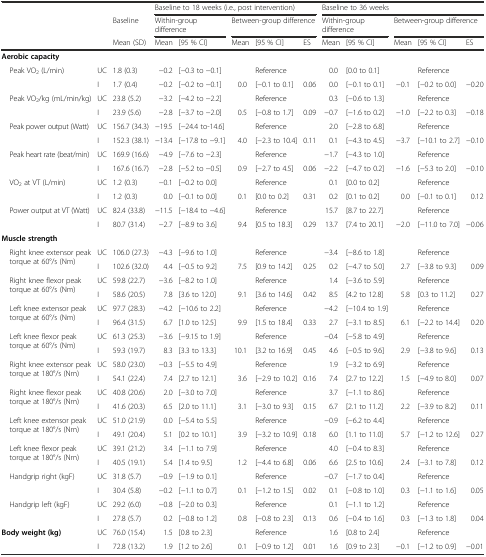
<table><thead><tr><td></td><td></td><td></td><td colspan="5"><b>Baseline to 18 weeks (i.e., post intervention)</b></td><td colspan="5"><b>Baseline to 36 weeks</b></td></tr><tr><td></td><td></td><td><b>Baseline</b></td><td colspan="2"><b>Within-group difference</b></td><td colspan="3"><b>Between-group difference</b></td><td colspan="2"><b>Within-group difference</b></td><td colspan="3"><b>Between-group difference</b></td></tr><tr><td></td><td></td><td><b>Mean (SD)</b></td><td><b>Mean</b></td><td><b>[95 % CI]</b></td><td><b>Mean</b></td><td><b>[95 % CI]</b></td><td><b>ES</b></td><td><b>Mean</b></td><td><b>[95 % CI]</b></td><td><b>Mean</b></td><td><b>[95 % CI]</b></td><td><b>ES</b></td></tr></thead><tbody><tr><td><b>Aerobic capacity</b></td><td></td><td></td><td></td><td></td><td></td><td></td><td></td><td></td><td></td><td></td><td></td><td></td></tr><tr><td> Peak VO<sub>2</sub> (L/min)</td><td>UC</td><td>1.8 (0.3)</td><td>−0.2</td><td>[−0.3 to −0.1]</td><td></td><td>Reference</td><td></td><td>0.0</td><td>[0.0 to 0.1]</td><td></td><td>Reference</td><td></td></tr><tr><td></td><td>I</td><td>1.7 (0.4)</td><td>−0.2</td><td>[−0.2 to −0.1]</td><td>0.0</td><td>[−0.1 to 0.1]</td><td>0.06</td><td>0.0</td><td>[−0.1 to 0.1]</td><td>−0.1</td><td>[−0.2 to 0.0]</td><td>−0.20</td></tr><tr><td> Peak VO<sub>2</sub>/kg (mL/min/kg)</td><td>UC</td><td>23.8 (5.2)</td><td>−3.2</td><td>[−4.2 to −2.2]</td><td></td><td>Reference</td><td></td><td>0.3</td><td>[−0.6 to 1.3]</td><td></td><td>Reference</td><td></td></tr><tr><td></td><td>I</td><td>23.9 (5.6)</td><td>−2.8</td><td>[−3.7 to −2.0]</td><td>0.5</td><td>[−0.8 to 1.7]</td><td>0.09</td><td>−0.7</td><td>[−1.6 to 0.2]</td><td>−1.0</td><td>[−2.2 to 0.3]</td><td>−0.18</td></tr><tr><td> Peak power output (Watt)</td><td>UC</td><td>156.7 (34.3)</td><td>−19.5</td><td>[−24.4 to-14.6]</td><td></td><td>Reference</td><td></td><td>2.0</td><td>[−2.8 to 6.8]</td><td></td><td>Reference</td><td></td></tr><tr><td></td><td>I</td><td>152.3 (38.1)</td><td>−13.4</td><td>[−17.8 to −9.1]</td><td>4.0</td><td>[−2.3 to 10.4]</td><td>0.11</td><td>0.1</td><td>[−4.3 to 4.5]</td><td>−3.7</td><td>[−10.1 to 2.7]</td><td>−0.10</td></tr><tr><td> Peak heart rate (beat/min)</td><td>UC</td><td>169.9 (16.6)</td><td>−4.9</td><td>[−7.6 to −2.3]</td><td></td><td>Reference</td><td></td><td>−1.7</td><td>[−4.3 to 1.0]</td><td></td><td>Reference</td><td></td></tr><tr><td></td><td>I</td><td>167.6 (16.7)</td><td>−2.8</td><td>[−5.2 to −0.5]</td><td>0.9</td><td>[−2.7 to 4.5]</td><td>0.06</td><td>−2.2</td><td>[−4.7 to 0.2]</td><td>−1.6</td><td>[−5.3 to 2.0]</td><td>−0.10</td></tr><tr><td> VO<sub>2</sub> at VT (L/min)</td><td>UC</td><td>1.2 (0.3)</td><td>−0.1</td><td>[−0.2 to 0.0]</td><td></td><td>Reference</td><td></td><td>0.1</td><td>[0.0 to 0.2]</td><td></td><td>Reference</td><td></td></tr><tr><td></td><td>I</td><td>1.2 (0.3)</td><td>0.0</td><td>[−0.1 to 0.0]</td><td>0.1</td><td>[0.0 to 0.2]</td><td>0.31</td><td>0.2</td><td>[0.1 to 0.2]</td><td>0.0</td><td>[−0.1 to 0.1]</td><td>0.12</td></tr><tr><td> Power output at VT (Watt)</td><td>UC</td><td>82.4 (33.8)</td><td>−11.5</td><td>[−18.4 to −4.6]</td><td></td><td>Reference</td><td></td><td>15.7</td><td>[8.7 to 22.7]</td><td></td><td>Reference</td><td></td></tr><tr><td></td><td>I</td><td>80.7 (31.4)</td><td>−2.7</td><td>[−8.9 to 3.6]</td><td>9.4</td><td>[0.5 to 18.3]</td><td>0.29</td><td>13.7</td><td>[7.4 to 20.1]</td><td>−2.0</td><td>[−11.0 to 7.0]</td><td>−0.06</td></tr><tr><td><b>Muscle strength</b></td><td></td><td></td><td></td><td></td><td></td><td></td><td></td><td></td><td></td><td></td><td></td><td></td></tr><tr><td rowspan="2"> Right knee extensor peak torque at 60°/s (Nm)</td><td>UC</td><td>106.0 (27.3)</td><td>−4.3</td><td>[−9.6 to 1.0]</td><td></td><td>Reference</td><td></td><td>−3.4</td><td>[−8.6 to 1.8]</td><td></td><td>Reference</td><td></td></tr><tr><td>I</td><td>102.6 (32.0)</td><td>4.4</td><td>[−0.5 to 9.2]</td><td>7.5</td><td>[0.9 to 14.2]</td><td>0.25</td><td>0.2</td><td>[−4.7 to 5.0]</td><td>2.7</td><td>[−3.8 to 9.3]</td><td>0.09</td></tr><tr><td rowspan="2"> Right knee flexor peak torque at 60°/s (Nm)</td><td>UC</td><td>59.8 (22.7)</td><td>−3.6</td><td>[−8.2 to 1.0]</td><td></td><td>Reference</td><td></td><td>1.4</td><td>[−3.6 to 5.9]</td><td></td><td>Reference</td><td></td></tr><tr><td>I</td><td>58.6 (20.5)</td><td>7.8</td><td>[3.6 to 12.0]</td><td>9.1</td><td>[3.6 to 14.6]</td><td>0.42</td><td>8.5</td><td>[4.2 to 12.8]</td><td>5.8</td><td>[0.3 to 11.2]</td><td>0.27</td></tr><tr><td rowspan="2"> Left knee extensor peak torque at 60°/s (Nm)</td><td>UC</td><td>97.7 (28.3)</td><td>−4.2</td><td>[−10.6 to 2.2]</td><td></td><td>Reference</td><td></td><td>−4.2</td><td>[−10.4 to 1.9]</td><td></td><td>Reference</td><td></td></tr><tr><td>I</td><td>96.4 (31.5)</td><td>6.7</td><td>[1.0 to 12.5]</td><td>9.9</td><td>[1.5 to 18.4]</td><td>0.33</td><td>2.7</td><td>[−3.1 to 8.5]</td><td>6.1</td><td>[−2.2 to 14.4]</td><td>0.20</td></tr><tr><td rowspan="2"> Left knee flexor peak torque at 60°/s (Nm)</td><td>UC</td><td>61.3 (25.3)</td><td>−3.6</td><td>[−9.15 to 1.9]</td><td></td><td>Reference</td><td></td><td>−0.4</td><td>[−5.8 to 4.9]</td><td></td><td>Reference</td><td></td></tr><tr><td>I</td><td>59.3 (19.7)</td><td>8.3</td><td>[3.3 to 13.3]</td><td>10.1</td><td>[3.2 to 16.9]</td><td>0.45</td><td>4.6</td><td>[−0.5 to 9.6]</td><td>2.9</td><td>[−3.8 to 9.6]</td><td>0.13</td></tr><tr><td rowspan="2"> Right knee extensor peak torque at 180°/s (Nm)</td><td>UC</td><td>58.0 (23.0)</td><td>−0.3</td><td>[−5.5 to 4.9]</td><td></td><td>Reference</td><td></td><td>1.9</td><td>[−3.2 to 6.9]</td><td></td><td>Reference</td><td></td></tr><tr><td>I</td><td>54.1 (22.4)</td><td>7.4</td><td>[2.7 to 12.1]</td><td>3.6</td><td>[−2.9 to 10.2]</td><td>0.16</td><td>7.4</td><td>[2.7 to 12.2]</td><td>1.5</td><td>[−4.9 to 8.0]</td><td>0.07</td></tr><tr><td rowspan="2"> Right knee flexor peak torque at 180°/s (Nm)</td><td>UC</td><td>40.8 (20.6)</td><td>2.0</td><td>[−3.0 to 7.0]</td><td></td><td>Reference</td><td></td><td>3.7</td><td>[−1.1 to 8.6]</td><td></td><td>Reference</td><td></td></tr><tr><td>I</td><td>41.6 (20.3)</td><td>6.5</td><td>[2.0 to 11.1]</td><td>3.1</td><td>[−3.0 to 9.3]</td><td>0.15</td><td>6.7</td><td>[2.1 to 11.2]</td><td>2.2</td><td>[−3.9 to 8.2]</td><td>0.11</td></tr><tr><td rowspan="2"> Left knee extensor peak torque at 180°/s (Nm)</td><td>UC</td><td>51.0 (21.9)</td><td>0.0</td><td>[−5.4 to 5.5]</td><td></td><td>Reference</td><td></td><td>−0.9</td><td>[−6.2 to 4.4]</td><td></td><td>Reference</td><td></td></tr><tr><td>I</td><td>49.1 (20.4)</td><td>5.1</td><td>[0.2 to 10.1]</td><td>3.9</td><td>[−3.2 to 10.9]</td><td>0.18</td><td>6.0</td><td>[1.1 to 11.0]</td><td>5.7</td><td>[−1.2 to 12.6]</td><td>0.27</td></tr><tr><td rowspan="2"> Left knee flexor peak torque at 180°/s (Nm)</td><td>UC</td><td>39.1 (21.2)</td><td>3.4</td><td>[−1.1 to 7.9]</td><td></td><td>Reference</td><td></td><td>4.0</td><td>[−0.4 to 8.3]</td><td></td><td>Reference</td><td></td></tr><tr><td>I</td><td>40.5 (19.1)</td><td>5.4</td><td>[1.4 to 9.5]</td><td>1.2</td><td>[−4.4 to 6.8]</td><td>0.06</td><td>6.6</td><td>[2.5 to 10.6]</td><td>2.4</td><td>[−3.1 to 7.8]</td><td>0.12</td></tr><tr><td rowspan="2"> Handgrip right (kgF)</td><td>UC</td><td>31.8 (5.7)</td><td>−0.9</td><td>[−1.9 to 0.1]</td><td></td><td>Reference</td><td></td><td>−0.7</td><td>[−1.7 to 0.4]</td><td></td><td>Reference</td><td></td></tr><tr><td>I</td><td>30.4 (5.8)</td><td>−0.2</td><td>[−1.1 to 0.7]</td><td>0.1</td><td>[−1.2 to 1.5]</td><td>0.02</td><td>0.1</td><td>[−0.8 to 1.0]</td><td>0.3</td><td>[−1.1 to 1.6]</td><td>0.05</td></tr><tr><td rowspan="2"> Handgrip left (kgF)</td><td>UC</td><td>29.2 (6.0)</td><td>−0.8</td><td>[−2.0 to 0.3]</td><td></td><td>Reference</td><td></td><td>0.1</td><td>[−1.1 to 1.2]</td><td></td><td>Reference</td><td></td></tr><tr><td>I</td><td>27.8 (5.7)</td><td>0.2</td><td>[−0.8 to 1.2]</td><td>0.8</td><td>[−0.8 to 2.3]</td><td>0.13</td><td>0.6</td><td>[−0.4 to 1.6]</td><td>0.3</td><td>[−1.3 to 1.8]</td><td>0.04</td></tr><tr><td><b>Body weight (kg)</b></td><td>UC</td><td>76.0 (15.4)</td><td>1.5</td><td>[0.8 to 2.3]</td><td></td><td>Reference</td><td></td><td>1.6</td><td>[0.8 to 2.4]</td><td></td><td>Reference</td><td></td></tr><tr><td></td><td>I</td><td>72.8 (13.2)</td><td>1.9</td><td>[1.2 to 2.6]</td><td>0.1</td><td>[−0.9 to 1.2]</td><td>0.01</td><td>1.6</td><td>[0.9 to 2.3]</td><td>−0.1</td><td>[−1.2 to 0.9]</td><td>−0.01</td></tr></tbody></table>